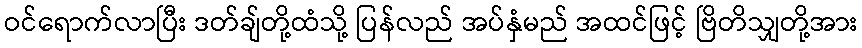
ဝင်ရောက်လာပြီး ဒတ်ချ်တို့ထံသို့ ပြန်လည် အပ်နှံမည် အထင်ဖြင့် ဗြိတိသျှတို့အား